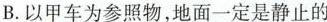
B.以甲车为参照物，地面一定是静止的